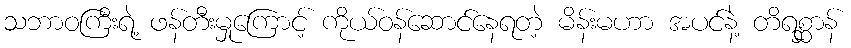
သဘာဝကြီးရဲ့ ဖန်တီးမှုကြောင့် ကိုယ်ဝန်ဆောင်နေရတဲ့ မိန်းမဟာ အပင်နဲ့ တိရစ္ဆာန်